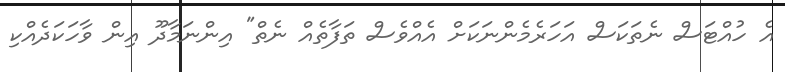
އެ ހުއްޓަސް ނެތަކަސް އަހަރެމެންނަކަށް އެއްވެސް ތަފާތެއް ނެތް" އިންނަމާދޫ އިން ވާހަކަދެއްކި